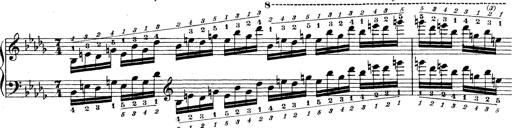
Title: Technische Studien
Composer: Franz Liszt